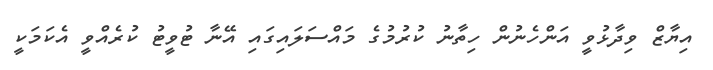
އިޔާޒް ވިދާޅުވީ އަންހެނުން ހިތާނު ކުރުމުގެ މައްސަލައިގައި އޭނާ ޓުވީޓު ކުރެއްވީ އެކަމަކީ